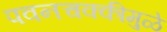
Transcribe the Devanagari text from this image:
पवनचक्कीमुळे